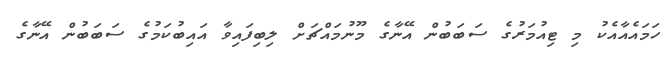
ހަމައެއާއެކު މި ޓިއުމަރުގެ ސަބަބުން އޭނާގެ މޫނުމައްޗަށް ލިބިފައިވާ އައިބުކަމުގެ ސަބަބުން އޭނާގެ